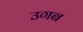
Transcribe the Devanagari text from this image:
उगब